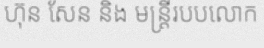
ហ៊ុន សែន និង មន្ត្រីរបបលោក